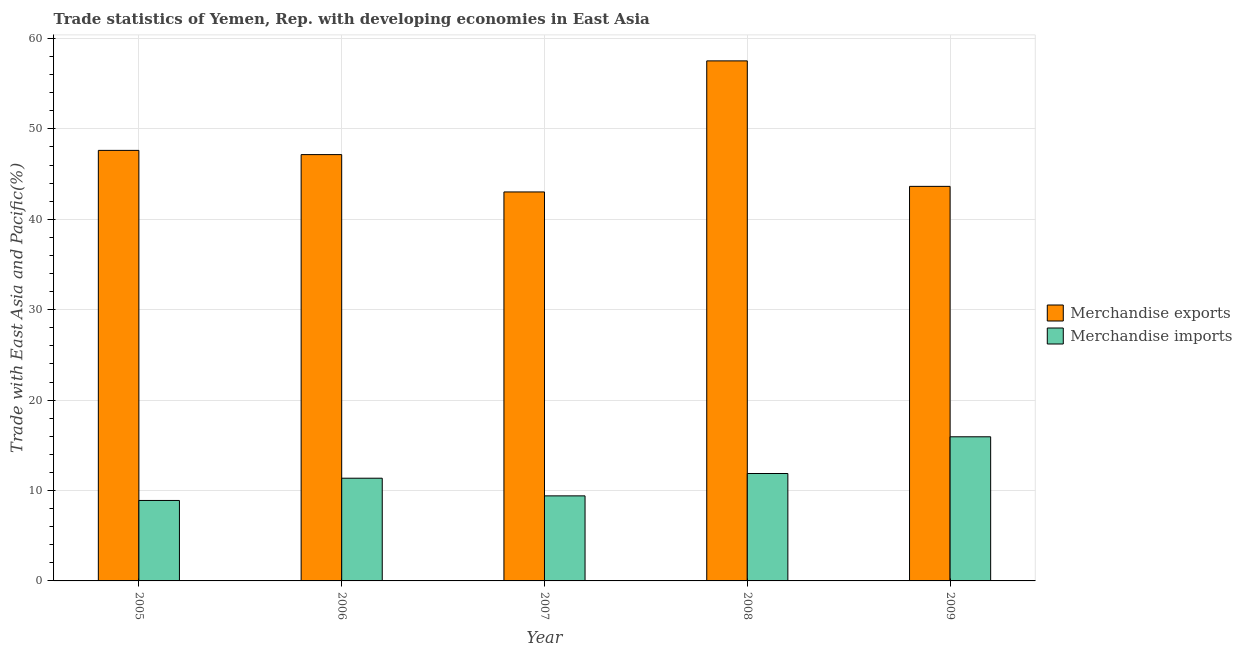
| Year | Merchandise exports | Merchandise imports |
 | --- | --- | --- |
 | 2005 | 47.6 | 8.9 |
 | 2006 | 47.2 | 11.4 |
 | 2007 | 43 | 9.41 |
 | 2008 | 57.5 | 11.9 |
 | 2009 | 43.6 | 15.9 |